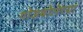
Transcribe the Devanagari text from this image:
गोडबोलेंच्या